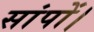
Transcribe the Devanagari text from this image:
सांपों।